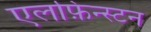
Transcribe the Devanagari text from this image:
एलफ़िन्स्टन